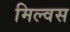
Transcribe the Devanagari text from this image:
मिल्वस